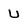
Character: u